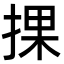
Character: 捰